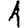
Digit: 1